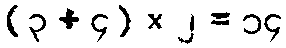
(၃ + ၄) × ၂ = ၁၄